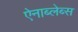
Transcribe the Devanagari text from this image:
ऐनाब्लेब्स